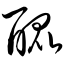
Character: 醌